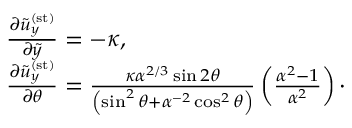
\begin{array} { r l } & { \frac { \partial \tilde { u } _ { y } ^ { \mathrm { ( s t ) } } } { \partial \tilde { y } } = - \kappa , } \\ & { \frac { \partial \tilde { u } _ { y } ^ { \mathrm { ( s t ) } } } { \partial \theta } = \frac { \kappa \alpha ^ { 2 / 3 } \sin 2 \theta } { \left( \sin ^ { 2 } \theta + \alpha ^ { - 2 } \cos ^ { 2 } \theta \right) } \left( \frac { \alpha ^ { 2 } - 1 } { \alpha ^ { 2 } } \right) \cdot } \end{array}